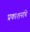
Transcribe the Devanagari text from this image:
प्रकाशनांचे